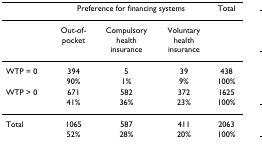
<table><thead><tr><td></td><td colspan="3"><b>Preference for financing systems</b></td><td><b>Total</b></td></tr></thead><tbody><tr><td></td><td>Out-of-pocket</td><td>Compulsoryhealthinsurance</td><td>Voluntaryhealthinsurance</td><td></td></tr><tr><td>WTP = 0</td><td>394</td><td>5</td><td>39</td><td>438</td></tr><tr><td></td><td>90%</td><td>1%</td><td>9%</td><td>100%</td></tr><tr><td>WTP &gt; 0</td><td>671</td><td>582</td><td>372</td><td>1625</td></tr><tr><td></td><td>41%</td><td>36%</td><td>23%</td><td>100%</td></tr><tr><td>Total</td><td>1065</td><td>587</td><td>411</td><td>2063</td></tr><tr><td></td><td>52%</td><td>28%</td><td>20%</td><td>100%</td></tr></tbody></table>